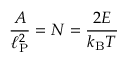
{ \frac { A } { \ell _ { \mathrm { P } } ^ { 2 } } } = N = { \frac { 2 E } { k _ { \mathrm { B } } T } }